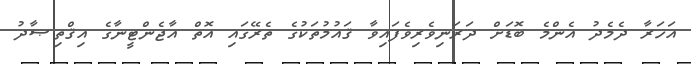
އަހަރާ ދެމެދު އެންމެ ބޮޑަށް ދަރަނިވެރިވެފައިވާ ޤައުމުތަކުގެ ތެރޭގައި އޮތް އާޖެންޓީނާގެ އިޤްތިޞާދު